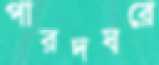
পারদঘরে